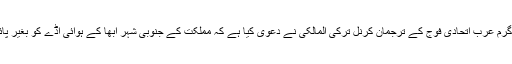
غیر ملکی میڈیا کے مطابق یمن کی آئینی حکومت کی حمایت میں سرگرم عرب اتحادی فوج کے ترجمان کرنل ترکی المالکی نے دعوی کیا ہے کہ مملکت کے جنوبی شہر ابھا کے ہوائی اڈے کو بغیر پائیلٹ والے جہاز کے ذریعے نشانہ بنانے کی کوشش ناکام بنا دی گئی۔